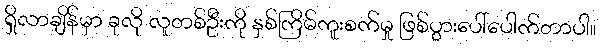
ရှိလာချိန်မှာ ခုလို လူတစ်ဦးကို နှစ်ကြိမ်ကူးစက်မှု ဖြစ်ပွားပေါ်ပေါက်တာပါ။